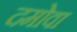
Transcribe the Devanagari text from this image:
दमोवा